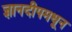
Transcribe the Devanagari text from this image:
ज्ञानदीपमधून